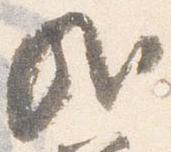
哉